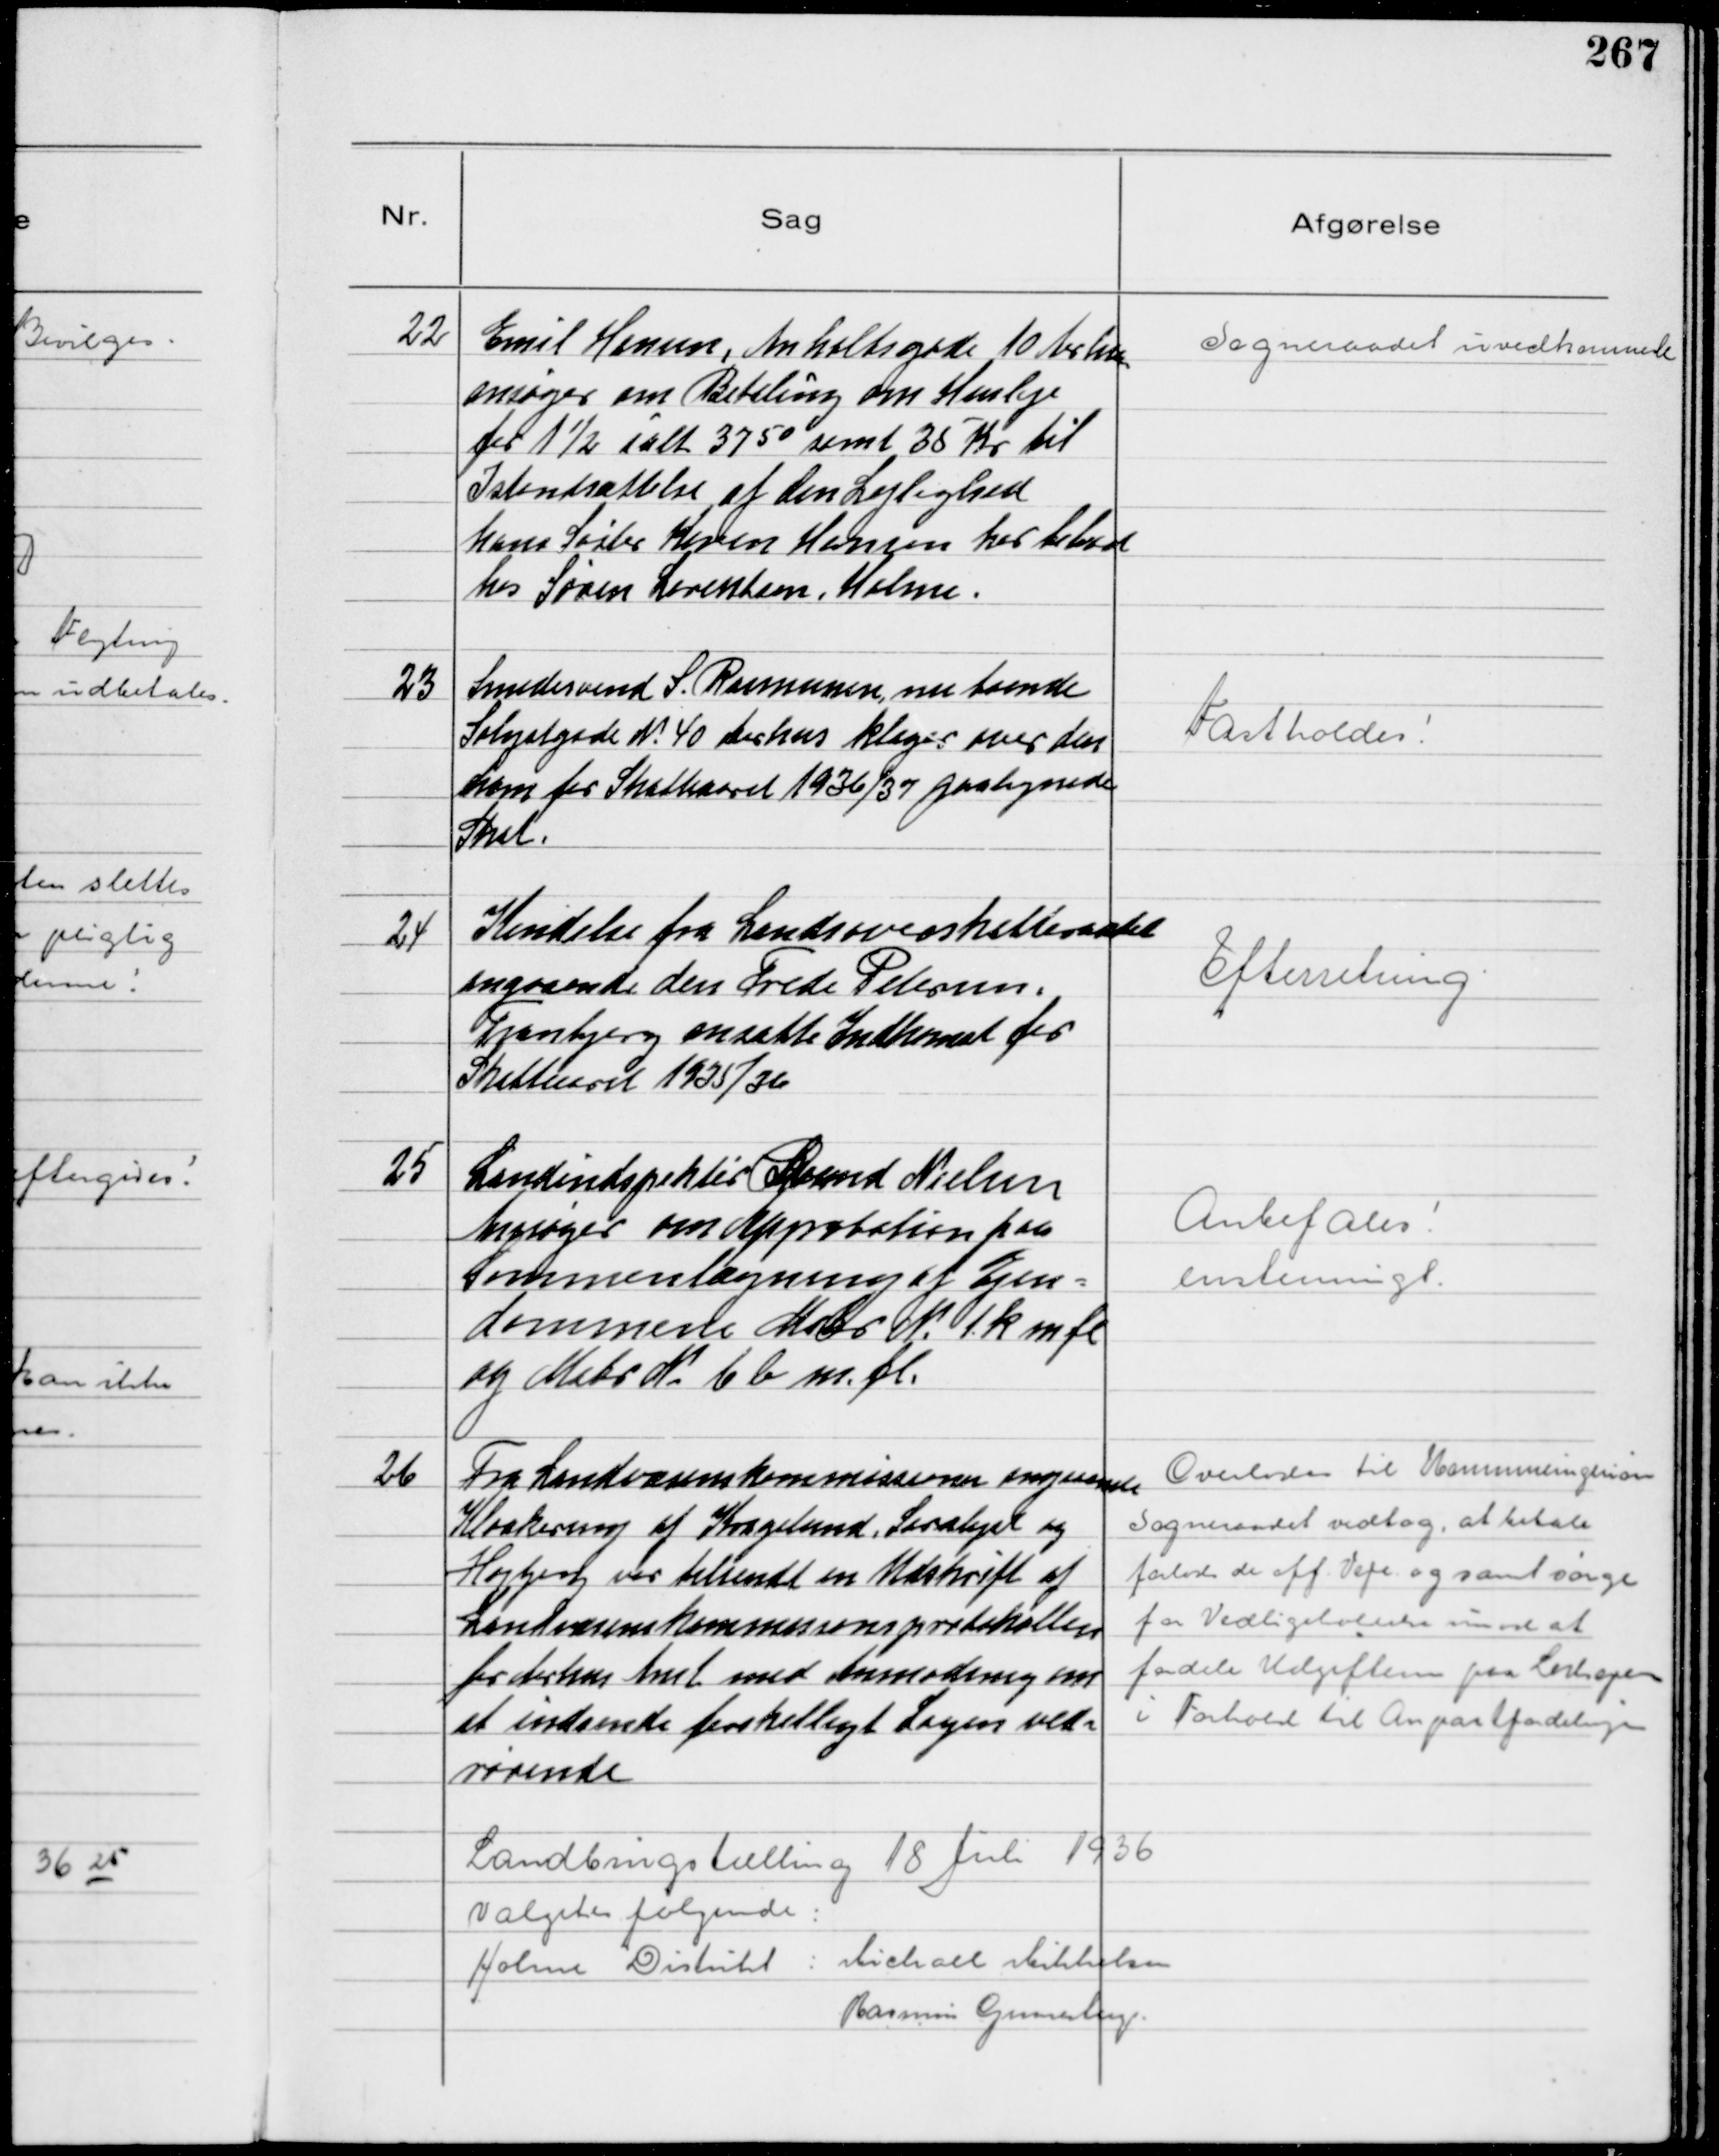
Transskription:
22
Emil Hansen, Anholtsgade 10 Aarhus
ansøger om Betaling om Husleje
for 1½ ialt 37 50 samt 35 Kr til
Istandsættelse af den Lejlighed
hans Søster Karen Hansen har beboet
hos Søren Lorentsen, Holme.

Sogneraadet uvedkommende

23
Smedesvend S. Rasmussen, nu boende
Sølystgade N. 40 Aarhus klager over den
ham for Skatteaaret 1936/37 paalignede
Skat.

Fastholdes!

24
Kendelse fra Landsoverskatteraadet
angaaende den Frede Petersen,
Tranbjerg ansatte Indkomst for
Skatteaaret 1935/36

Efterretning

25
Landindspektør Svend Nielsen
Ansøger om Approbation paa
Sammenlægning af Ejen-
dommene Matr N 1k m fl
og Matr N. 6 b m.fl.

Anbefales!
enstemmigt.

26
Fra Landvæsenskommissionen angaaende
Kloakering af Kragelund, Saralyst og
Højbjerg var tilsendt en Udskrift af
Landvæsenskommissionsprotokollen
for Aarhus Amt med Anmodning om
at indsende forskelligt Sagen ved-
rørende

Overlodes til Kommuneingeniøren
Sogneraadet vedtog at betale
forlods de off. Veje og samt sørge
for Vedligeholdelse imod at
fordele Udgifterne paa Lodsejere
i Forhold til Anpartfordelingen

Landbrugstælling 18 Juli 1936
Valgtes følgende:
Holme Distrikt: Michael Mikkelsen
Rasmus Gunnestrup